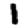
Digit: 1